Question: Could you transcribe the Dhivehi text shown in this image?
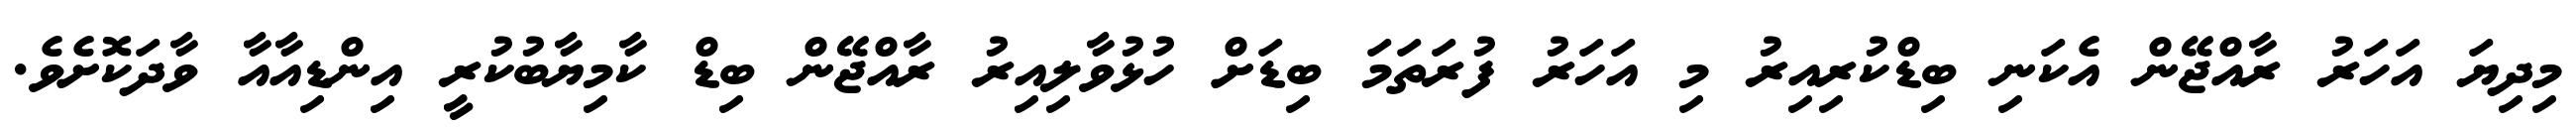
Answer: މިދިޔަ އަހަރު ރާއްޖޭން އެކަނި ބިޑްކުރިއިރު މި އަހަރު ފުރަތަމަ ބިޑަށް ހުޅުވާލިއިރު ރާއްޖޭން ބިޑް ކާމިޔާބުކުރީ އިންޑިއާއާ ވާދަކޮށެވެ.